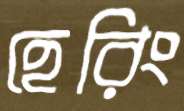
হেরিং